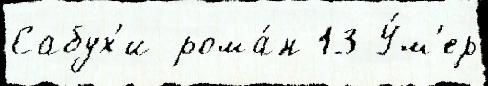
Сабух'и рома́н 13 У́м'ер